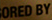
ORED BY